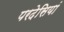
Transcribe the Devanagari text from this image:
परदेसियां